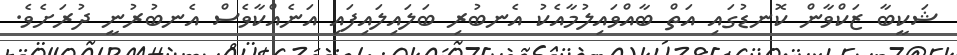
ޝަކީބާ ޒަކްވާން ކޮނޑުގައި އަތް ބާއްވައިލުމާއެކު އެނބުރި ބަލައިލައިފައި އަނެއްކާވެސް އެނބުރުނީ ދުރަށެވެ.